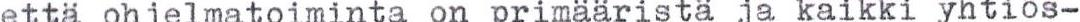
että ohjelmatoiminta on primaarista ja kaikki yhtiös-